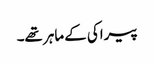
پیراکی کے ماہر تھے۔